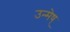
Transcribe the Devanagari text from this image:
उन्मेष्